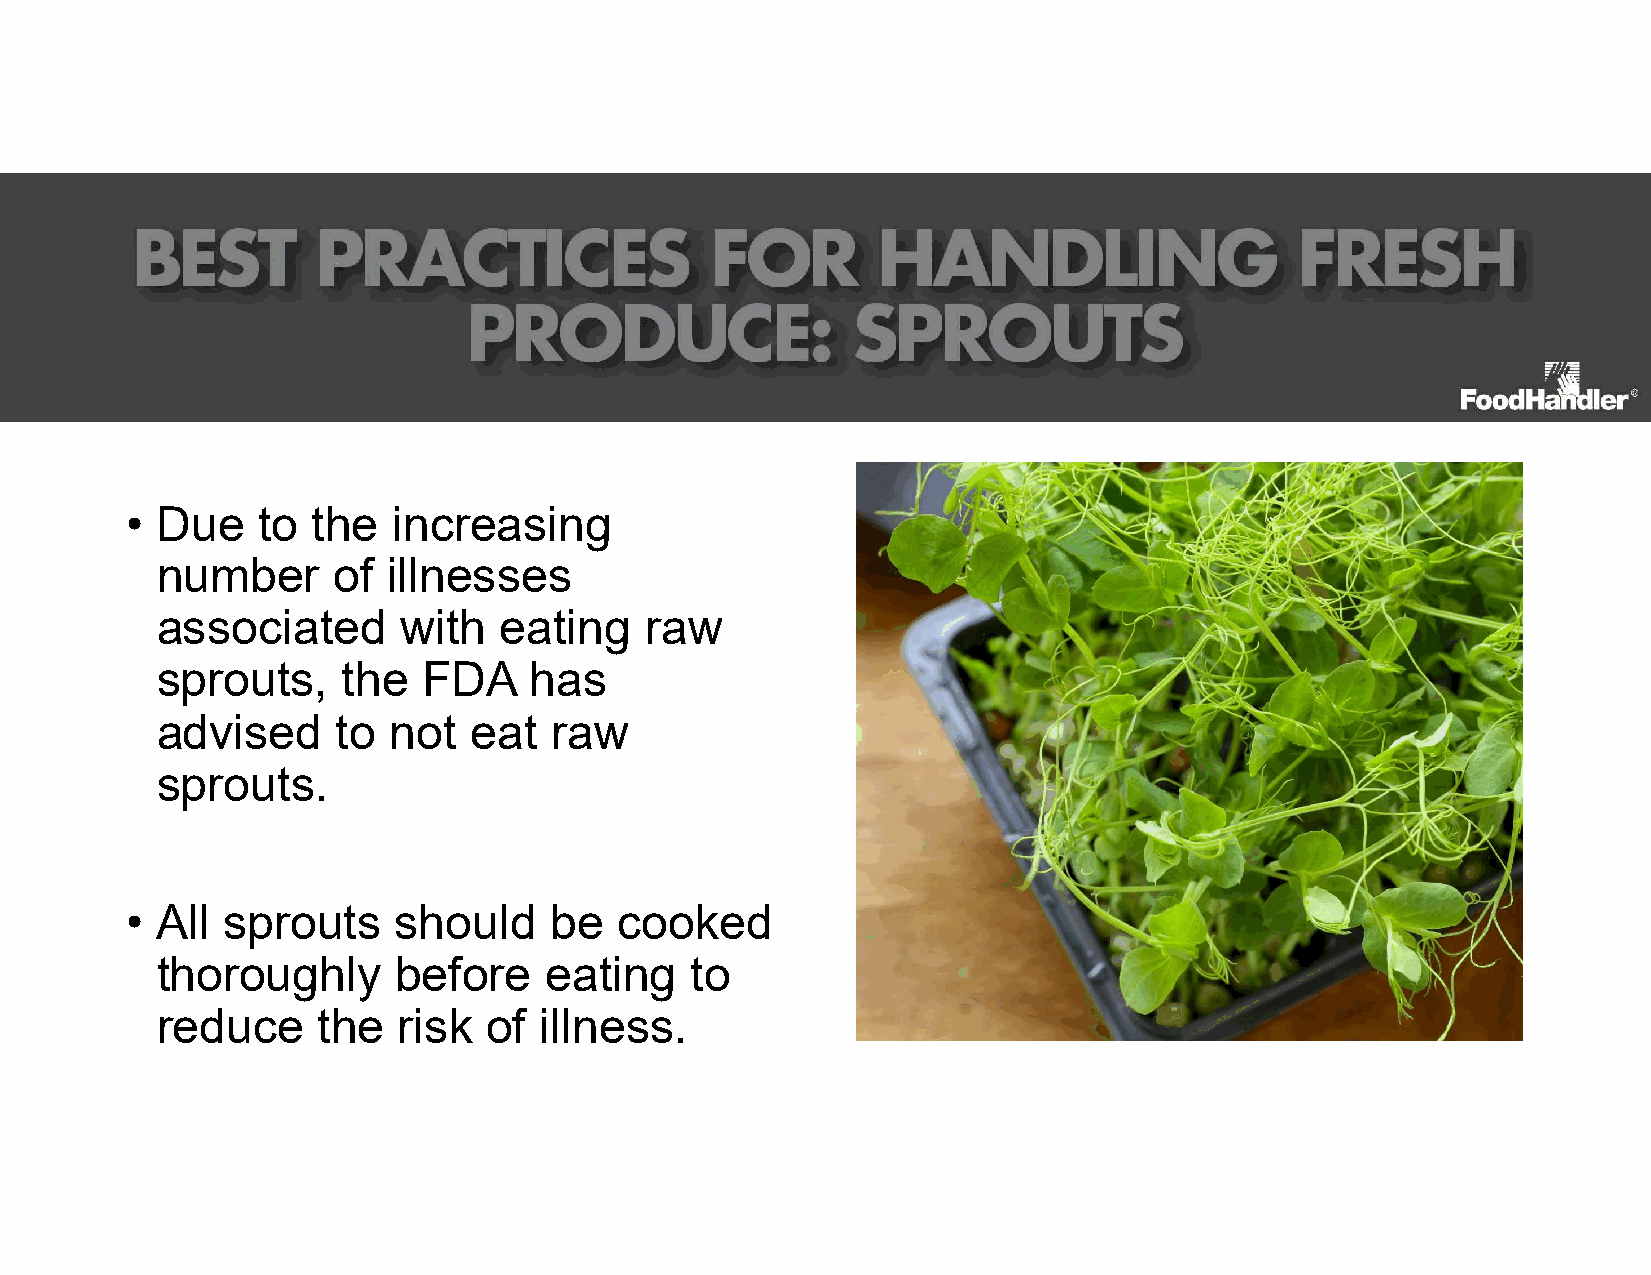
• Due    to  the  increasing
 number      of  illnesses
 associated       with  eating    raw
 sprouts,     the  FDA    has
 advised     to  not  eat  raw
 sprouts.
 • All  sprouts    should    be   cooked
 thoroughly      before    eating    to
 reduce     the  risk  of  illness.